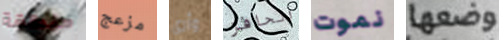
منطقة مزعج وأرى الحافز نموت وضعها